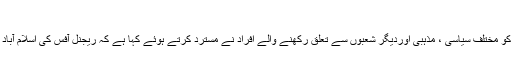
معاوضے بروقت ادا ئیگی نہ ہونے...
گلگت( فرمان کریم ) نیشنل بنک ریجنل آفس کی اسلام آباد منتقلی کو مختلف سیاسی ، مذہبی اوردیگر شعبوں سے تعلق رکھنے والے افراد نے مسترد کرتے ہوئے کہا ہے کہ ریجنل آفس کی اسلام آباد منتقلی سے گلگت بلتستان کے عوام مشکلات سے دوچار ہونگے۔